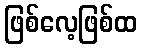
ဖြစ်လေ့ဖြစ်ထ